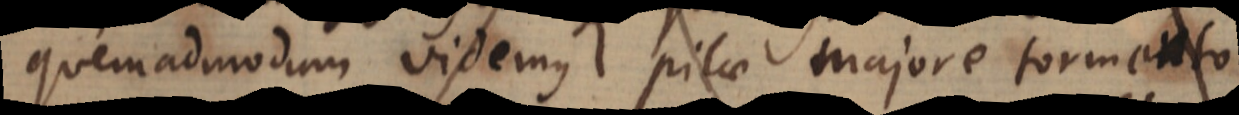
quemadmodum videmus pilae majore tormento